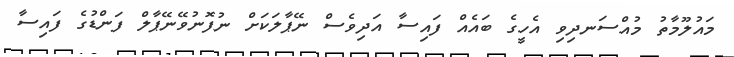
މައުލޫމާތު މުއްސަނދިވި އެހީގެ ބައެއް ފައިސާ އަދިވެސް ނޭޕާލަކަށް ނުފޮނުވޭނޭޕާލް ފަންޑުގެ ފައިސާ